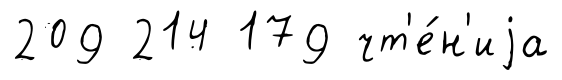
209 214 179 чт'е́н'иjа